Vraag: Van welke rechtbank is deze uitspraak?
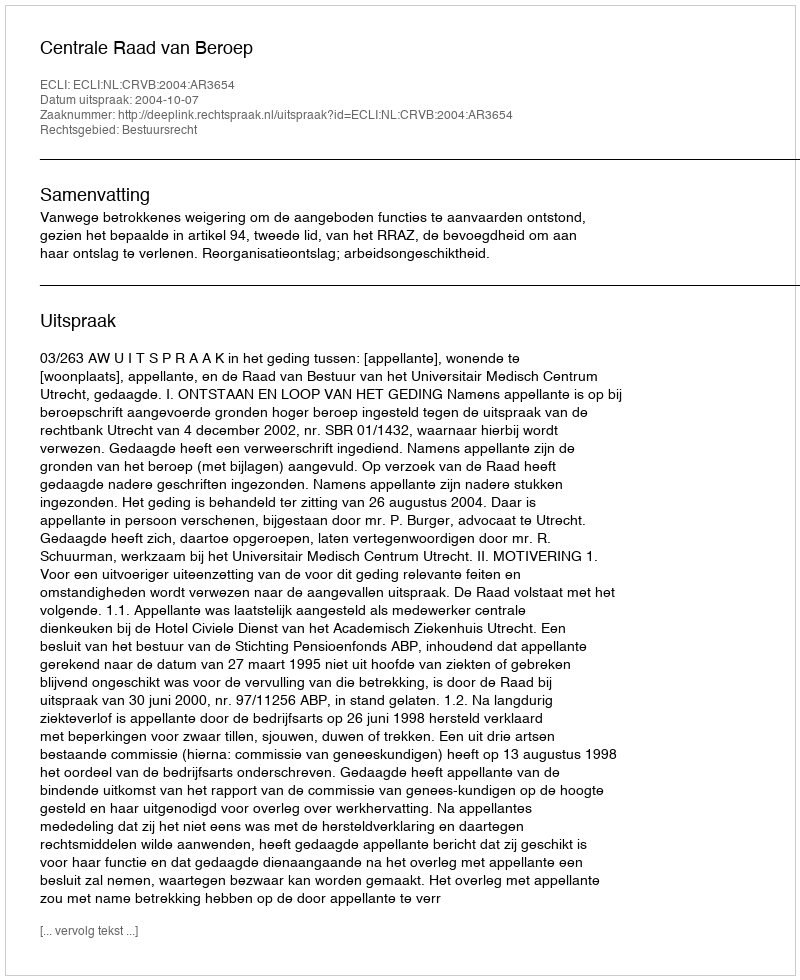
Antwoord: Centrale Raad van Beroep